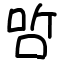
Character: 𠳇